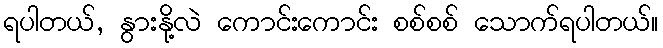
ရပါတယ်, နွားနို့လဲ ကောင်းကောင်း စစ်စစ် သောက်ရပါတယ်။